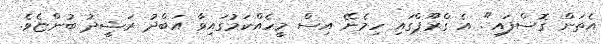
އެތަން ގޮސްފައި". އެ ގްރޫޕްގައި ހިމެނޭ އިސް މީހެއްކަމުގައިވާ އަބްދު ރަޝީދު ބުންޏެވެ.